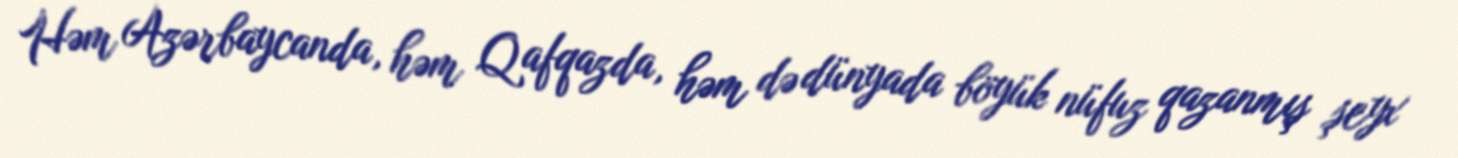
Həm Azərbaycanda, həm Qafqazda, həm də dünyada böyük nüfuz qazanmış şeyx